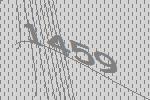
1459